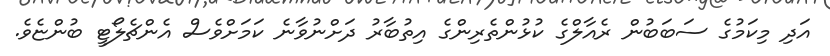
އަދި މިކަމުގެ ސަބަބުން ރެއާލްގެ ކުޅުންތެރިންގެ އިތުބާރު ދަށްނުވާނެ ކަމަށްވެސް އެންޗެލޯޓީ ބުންޏެވެ.